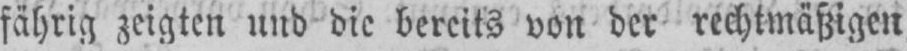
fährig zeigten und die bereits von der rechtmäßigen